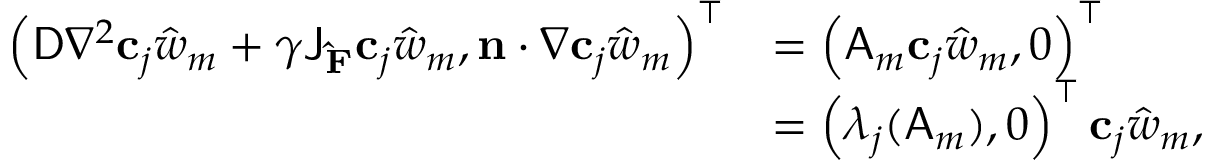
\begin{array} { r l } { \left( \mathsf { D } \nabla ^ { 2 } \mathbf { c } _ { j } \hat { w } _ { m } + \gamma \mathsf { J } _ { \mathbf { \hat { F } } } \mathbf { c } _ { j } \hat { w } _ { m } , \mathbf { n } \cdot \nabla \mathbf { c } _ { j } \hat { w } _ { m } \right) ^ { \top } } & { = \left( \mathsf { A } _ { m } \mathbf { c } _ { j } \hat { w } _ { m } , 0 \right) ^ { \top } } \\ & { = \left( \lambda _ { j } ( \mathsf { A } _ { m } ) , 0 \right) ^ { \top } \mathbf { c } _ { j } \hat { w } _ { m } , } \end{array}